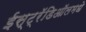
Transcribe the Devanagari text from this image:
ईस्ट्रॅडिऑलमधे